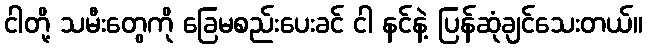
ငါတို့ သမီးတွေကို ခြေမစည်းပေးခင် ငါ နင်နဲ့ ပြန်ဆုံချင်သေးတယ်။